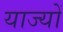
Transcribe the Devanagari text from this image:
याज्यों